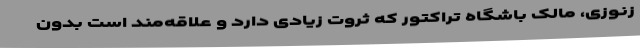
زنوزی، مالک باشگاه تراکتور که ثروت زیادی دارد و علاقه‌مند است بدون